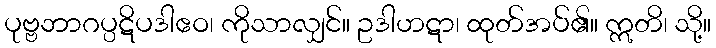
ပုဗ္ဗဘာဂပ္ပဋိပဒါဧဝ၊ ကိုသာလျှင်။ ဥဒါဟဋာ၊ ထုတ်အပ်၏။ ဣတိ၊ သို့။